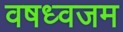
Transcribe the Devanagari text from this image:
वषध्वजम